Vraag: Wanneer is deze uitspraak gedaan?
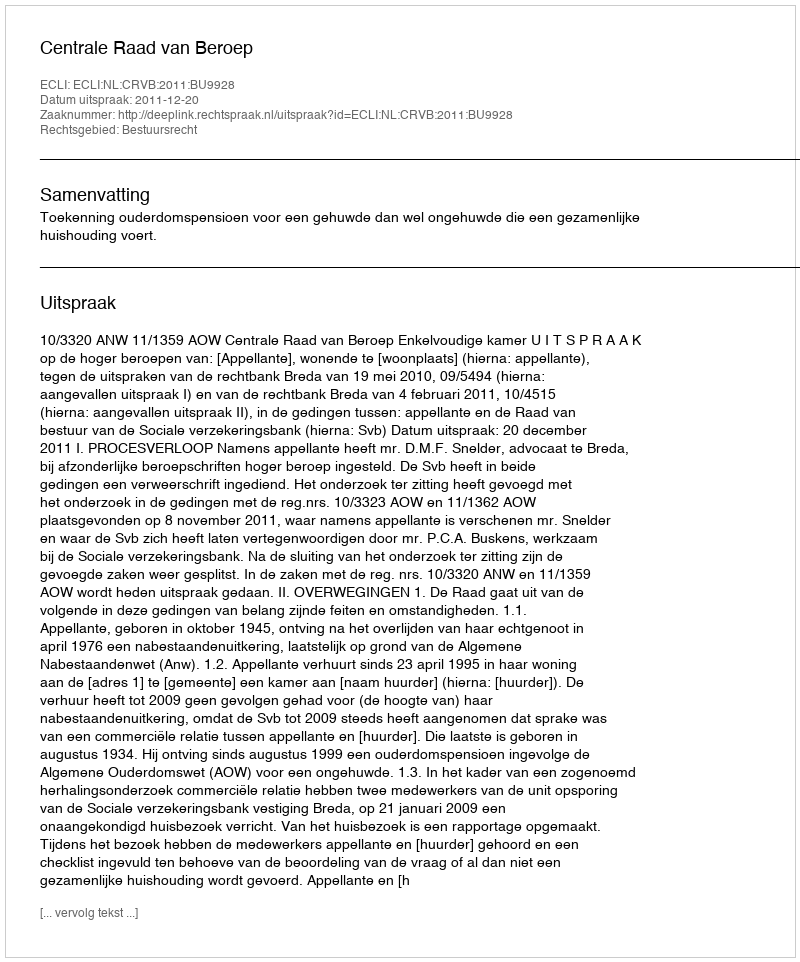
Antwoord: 2011-12-20